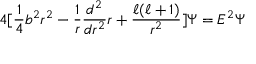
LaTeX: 4 [ \frac { 1 } { 4 } b ^ { 2 } r ^ { 2 } - \frac { 1 } { r } \frac { d ^ { 2 } } { d r ^ { 2 } } r + \frac { \ell ( \ell + 1 ) } { r ^ { 2 } } ] \Psi = E ^ { 2 } \Psi